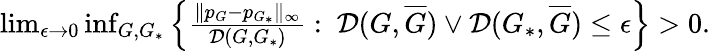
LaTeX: \begin{array}{r}{\operatorname*{lim}_{\epsilon\to 0}\operatorname*{inf}_{G,G_{*}}{\left\{ \frac{\| p_{G}-p_{G_{*}}\| _{\infty}}{\mathcal{D}(G,G_{*})}:\ \mathcal{D}(G,\overline{{G}})\vee\mathcal{D}(G_{*},\overline{{G}})\leq\epsilon\right\} }>0.}\end{array}